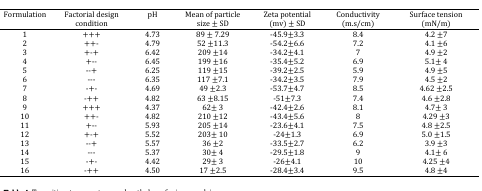
<table><thead><tr><td><b>Formulation</b></td><td><b>Factorial design condition</b></td><td><b>pH</b></td><td><b>Mean of particle size ± SD</b></td><td><b>Zeta potential (mv) ± SD</b></td><td><b>Conductivity (m.s/cm)</b></td><td><b>Surface tension (mN/m)</b></td></tr></thead><tbody><tr><td>1</td><td>+++</td><td>4.73</td><td>89 ± 7.29</td><td>-45.9±3.3</td><td>8.4</td><td>4.2 ±7</td></tr><tr><td>2</td><td>++-</td><td>4.79</td><td>52 ±11.3</td><td>-54.2±6.6</td><td>7.2</td><td>4.1 ±6</td></tr><tr><td>3</td><td>+-+</td><td>6.42</td><td>209 ±14</td><td>-34.2±4.1</td><td>7</td><td>4.9 ±2</td></tr><tr><td>4</td><td>+--</td><td>6.45</td><td>199 ±16</td><td>-35.4±5.2</td><td>6.9</td><td>5.1± 4</td></tr><tr><td>5</td><td>--+</td><td>6.25</td><td>119 ±15</td><td>-39.2±2.5</td><td>5.9</td><td>4.9 ±5</td></tr><tr><td>6</td><td>---</td><td>6.35</td><td>117 ±7.1</td><td>-34.2±3.5</td><td>7.9</td><td>4.5 ±2</td></tr><tr><td>7</td><td>-+-</td><td>4.69</td><td>49 ±2.3</td><td>-53.7±4.7</td><td>8.5</td><td>4.62 ±2.5</td></tr><tr><td>8</td><td>-++</td><td>4.82</td><td>63 ±8.15</td><td>-51±7.3</td><td>7.4</td><td>4.6 ±2.8</td></tr><tr><td>9</td><td>+++</td><td>4.37</td><td>62± 3</td><td>-42.4±2.6</td><td>8.1</td><td>4.7± 3</td></tr><tr><td>10</td><td>++-</td><td>4.82</td><td>210 ±12</td><td>-43.4±5.6</td><td>8</td><td>4.29 ±3</td></tr><tr><td>11</td><td>+--</td><td>5.93</td><td>205 ±14</td><td>-23.6±4.1</td><td>7.5</td><td>4.8 ±2.5</td></tr><tr><td>12</td><td>+-+</td><td>5.52</td><td>203± 10</td><td>-24±1.3</td><td>6.9</td><td>5.0 ±1.5</td></tr><tr><td>13</td><td>--+</td><td>5.57</td><td>36 ±2</td><td>-33.5±2.7</td><td>6.2</td><td>3.9 ±3</td></tr><tr><td>14</td><td>---</td><td>5.37</td><td>30± 4</td><td>-29.5±1.8</td><td>9</td><td>4.1± 6</td></tr><tr><td>15</td><td>-+-</td><td>4.42</td><td>29± 3</td><td>-26±4.1</td><td>10</td><td>4.25 ±4</td></tr><tr><td>16</td><td>-++</td><td>4.50</td><td>17 ±2.5</td><td>-28.4±3.4</td><td>9.5</td><td>4.8 ±4</td></tr></tbody></table>